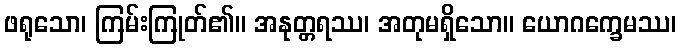
ဖရုသော၊ ကြမ်းကြုတ်၏။ အနုတ္တရဿ၊ အတုမရှိသော။ ယောဂက္ခေမဿ၊